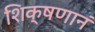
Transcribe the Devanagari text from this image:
शिक्षणानं